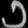
Digit: ၁